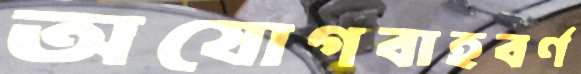
অযোগবাহবর্ণ